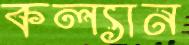
কল্যান